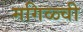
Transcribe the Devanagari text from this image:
मगिळ्ची